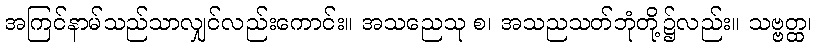
အကြင်နာမ်သည်သာလျှင်လည်းကောင်း။ အသညေသု စ၊ အသညသတ်ဘုံတို့၌လည်း။ သဗ္ဗတ္ထ၊